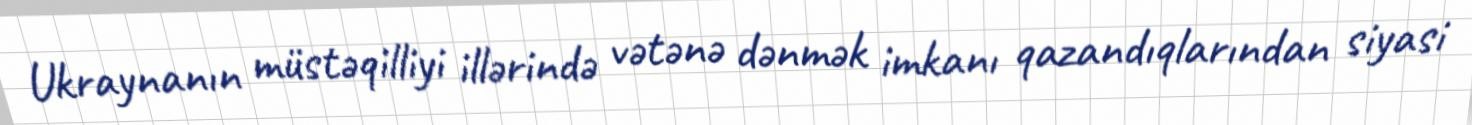
Ukraynanın müstəqilliyi illərində vətənə dənmək imkanı qazandıqlarından siyasi